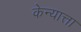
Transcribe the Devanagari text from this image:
केन्यात्ता